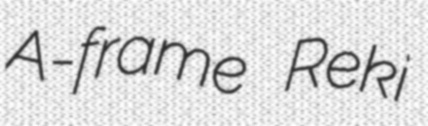
A-frame Reki